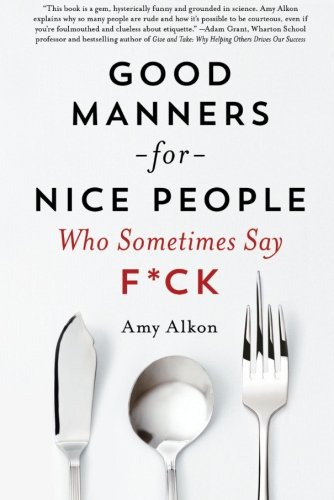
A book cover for Good Manners for Nice People Who Sometimes Say F*ck; Amy Alkon; Humor & Entertainment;